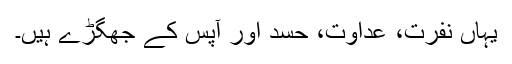
یہاں نفرت، عداوت، حسد اور آپس کے جھگڑے ہیں۔